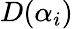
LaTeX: D(\alpha_{i})